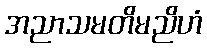
အညာသမတိမညိဟံ